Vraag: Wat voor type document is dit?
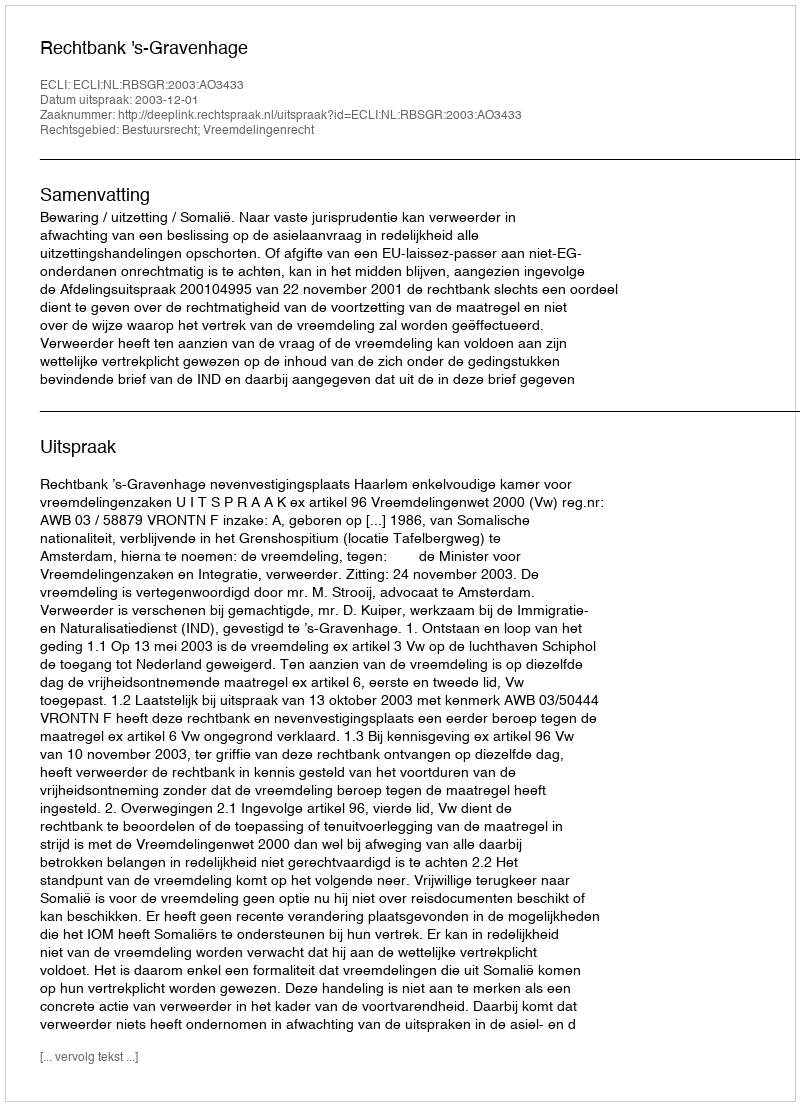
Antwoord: Uitspraak